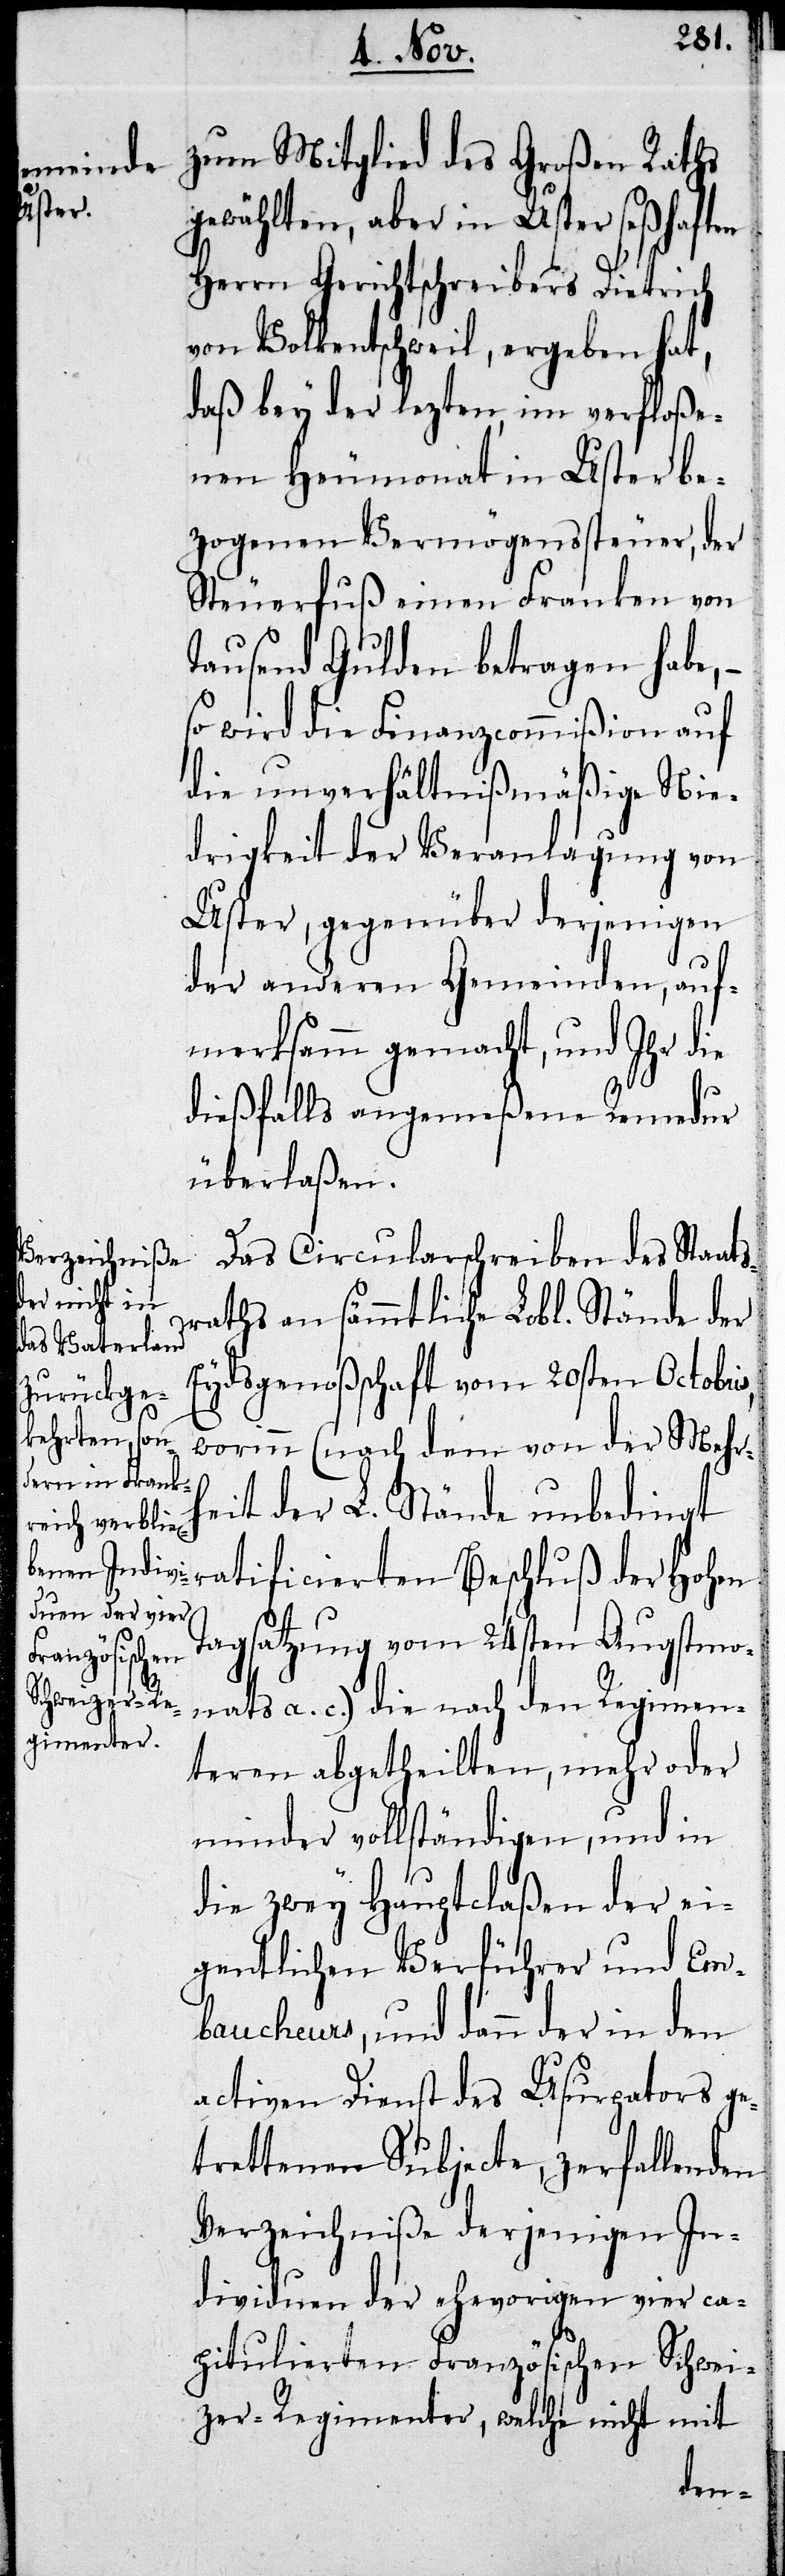
zum Mitglied des Großen Raths
gewählten, aber in Uster seßhaften
HHerrn Gerichtschreibers Dietrich
von Volkentschweil, ergeben hat,
daß bey der lezten, im verfloße¬
nen Heumonat in Uster be¬
zogenen Vermögenssteuer, der
Steuerfuß einen Franken von
Tausend Gulden betragen habe,
so wird die Finanzcommißion auf
die unverhältnißmäßige Nie¬
drigkeit der Veranlagung von
Uster, gegenüber derjenigen
der anderen Gemeinden auf¬
merksamm gemacht, und Ihr die
dießfalls angemeßene Remedur
überlaßen.
Das Circularschreiben des Staat¬
sraths an sämmtliche Lobl. Stände der
Eydsgenoßenschaft vom 20sten Octobris,
worinn (nach dem von der Mehrh¬
eit der L. Stände unbedingt
ratificierten Beschluß der Hohen
Tagsatzung vom 24sten Augstmo¬
nats a. c.) die nach den Regimen¬
teren abgetheilten, mehr oder
minder vollständigen, und in
die zwey Hauptclaßen der ei¬
gentlichen Verführer und Em¬
baucheurs, und dann der in den
activen Dienst des Usurpators ge¬
trettenen Subjecte, zerfallenden
Verzeichniße derjenigen In¬
dividuen der ehevorigen vier ca¬
pitulierten Französischen Schwei¬
zer-Regimenter, welche nicht mit